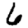
Digit: 6